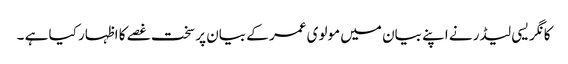
کانگریسی لیڈر نے اپنے بیان میں مولوی عمر کے بیان پر سخت غصے کا اظہار کیا ہے ۔